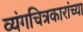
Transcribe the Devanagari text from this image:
व्यंगचित्रकारांच्या